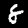
Digit: 8